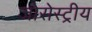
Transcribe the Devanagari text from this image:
जोरोस्ट्रीय